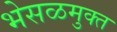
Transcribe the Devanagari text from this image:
भेसळमुक्त